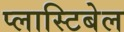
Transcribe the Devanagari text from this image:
प्लास्टिबेल